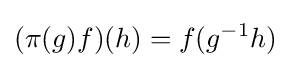
(\pi (g)f)(h)=f(g^{-1}h)